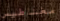
مغناطيس